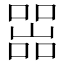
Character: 𡼚